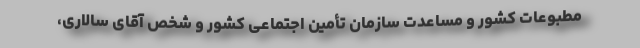
مطبوعات کشور و مساعدت سازمان تأمین اجتماعی کشور و شخص آقای سالاری،